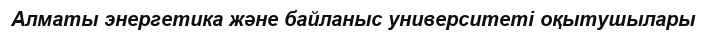
Алматы энергетика және байланыс университеті оқытушылары